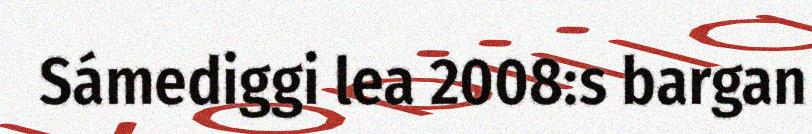
Sámediggi lea 2008:s bargan